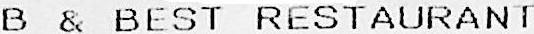
B & BEST RESTAURANT